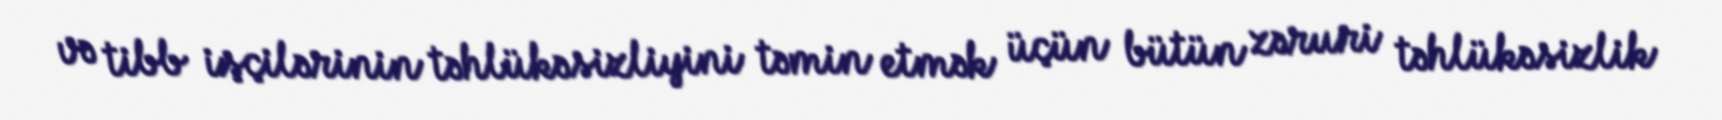
və tibb işçilərinin təhlükəsizliyini təmin etmək üçün bütün zəruri təhlükəsizlik